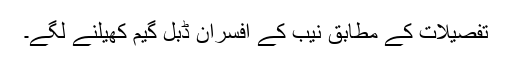
تفصیلات کے مطابق نیب کے افسران ڈبل گیم کھیلنے لگے۔